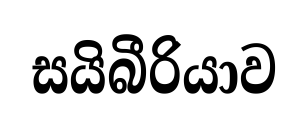
සයිබීරියාව